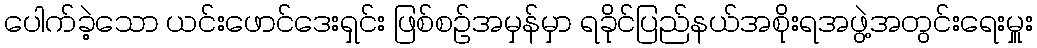
ပေါက်ခဲ့သော ယင်းဖောင်ဒေးရှင်း ဖြစ်စဉ်အမှန်မှာ ရခိုင်ပြည်နယ်အစိုးရအဖွဲ့အတွင်းရေးမှူး